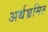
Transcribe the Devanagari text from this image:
अर्थभ्रमित